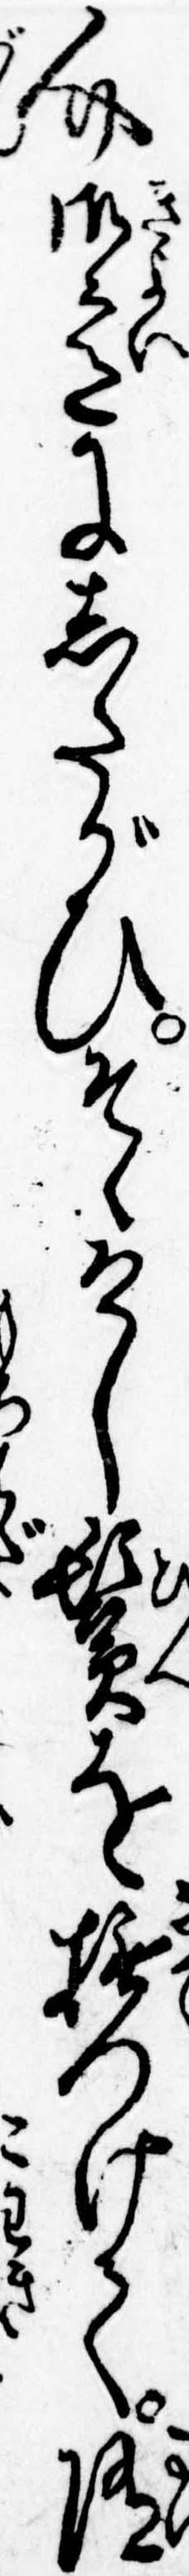
介御意にしたがひそゝけし鬢を撫つけて随